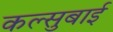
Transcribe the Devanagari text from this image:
कल्सुबाई